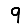
Digit: 9